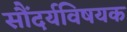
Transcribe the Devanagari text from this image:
सौंदर्यविषयक